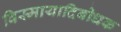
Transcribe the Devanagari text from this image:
विस्मायादिबोधक